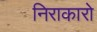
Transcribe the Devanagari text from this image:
निराकारो